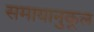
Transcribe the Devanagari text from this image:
समायानुकूल